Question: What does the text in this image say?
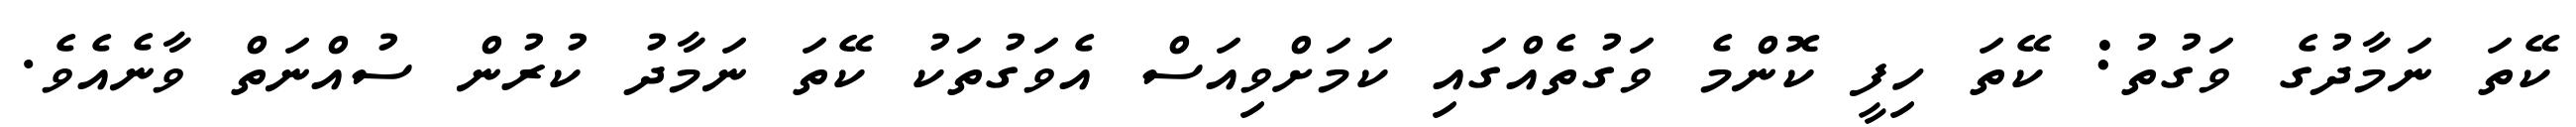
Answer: ކޭތަ ނަމާދުގެ ވަގުތު: ކޭތަ ހިފީ ކޮންމެ ވަގުތެއްގައި ކަމަށްވިއަސް އެވަގުތަކު ކޭތަ ނަމާދު ކުރުން ސުއްނަތް ވާނެއެވެ.